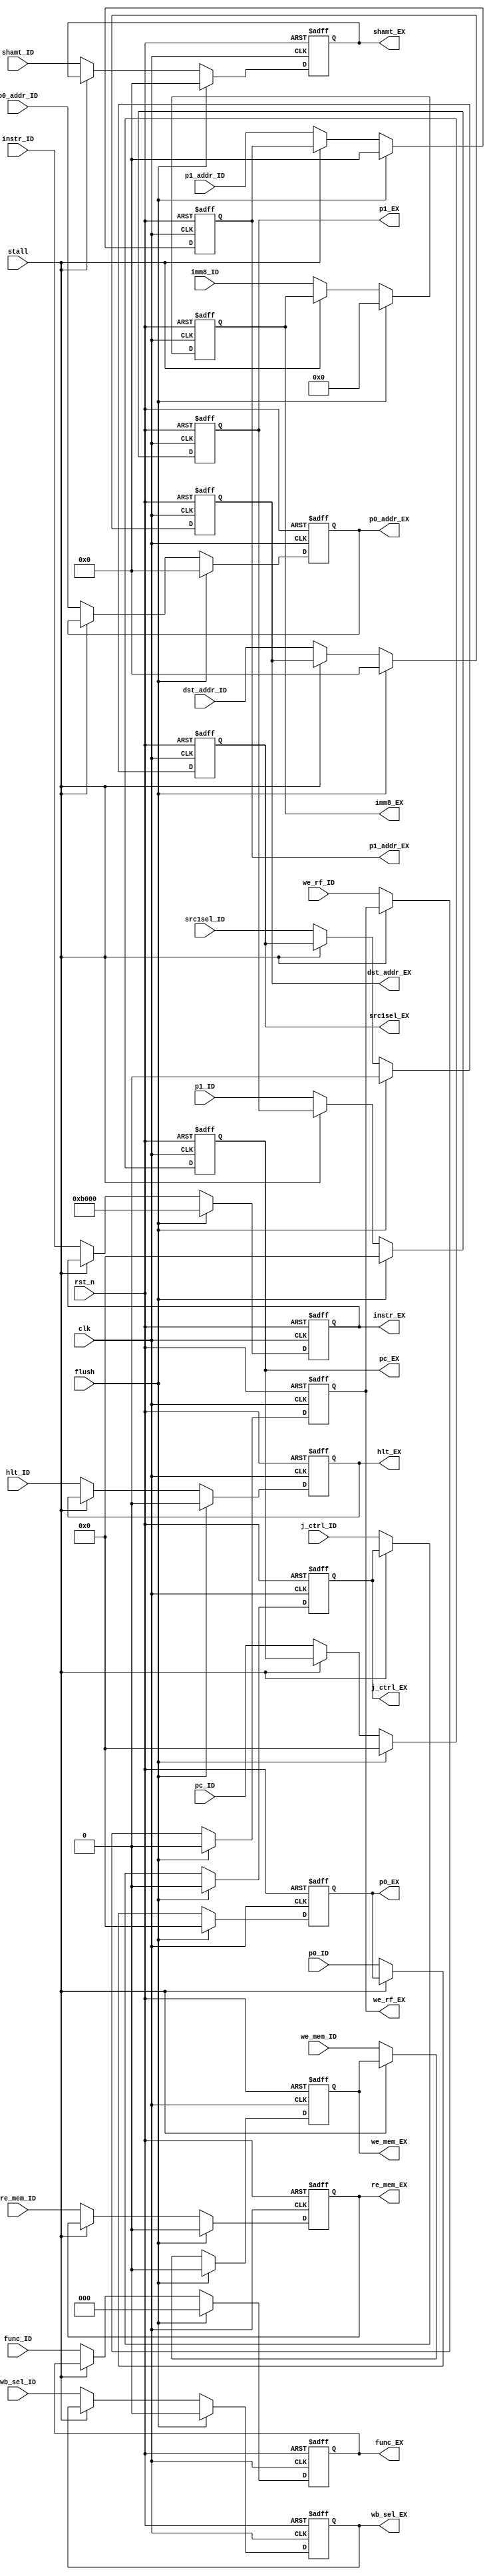
module ID_EX_FF(
	// Output
	p0_EX, p1_EX, shamt_EX, func_EX, imm8_EX, we_mem_EX, re_mem_EX,
	wb_sel_EX, dst_addr_EX, src1sel_EX, we_rf_EX, instr_EX, pc_EX, hlt_EX,
	j_ctrl_EX, p0_addr_EX, p1_addr_EX,
	// Input
	p0_ID, p1_ID, shamt_ID, func_ID, imm8_ID, we_mem_ID, re_mem_ID, 
	wb_sel_ID, dst_addr_ID, src1sel_ID, we_rf_ID, instr_ID, pc_ID, hlt_ID,
	j_ctrl_ID, p0_addr_ID, p1_addr_ID, clk, rst_n, stall, flush);
	
	// Inputs
	input wire [15:0] p0_ID, p1_ID, instr_ID, pc_ID;
	input wire [7:0] imm8_ID;
	input wire [3:0] shamt_ID, dst_addr_ID, p0_addr_ID, p1_addr_ID;
	input wire [2:0] func_ID;
	input wire we_mem_ID, re_mem_ID, wb_sel_ID, src1sel_ID, clk, rst_n, stall,
		we_rf_ID, hlt_ID, j_ctrl_ID, flush;
	
	// Outputs
	output reg [15:0] p0_EX, p1_EX, instr_EX, pc_EX;
	output reg [7:0] imm8_EX;
	output reg [3:0] shamt_EX, dst_addr_EX, p0_addr_EX, p1_addr_EX;
	output reg [2:0] func_EX;
	output reg we_mem_EX, re_mem_EX, wb_sel_EX, src1sel_EX, we_rf_EX, hlt_EX,
		j_ctrl_EX;
	
	// Local Wires
	wire [15:0] next_p0, next_p1, next_instr, next_pc;
	wire [7:0] next_imm8;
	wire [3:0] next_shamt, next_dst_addr, next_p0_addr, next_p1_addr;
	wire [2:0] next_func;
	wire next_we_mem, next_re_mem, next_wb_sel, next_src1sel, next_we_rf, next_hlt,
		next_j_ctrl;
	
	always@(posedge clk, negedge rst_n)begin
		if(~rst_n)begin
			p0_EX <= 16'h0000;
			p1_EX <= 16'h0000;
			p0_addr_EX <= 4'h0;
			p1_addr_EX <= 4'h0;
			imm8_EX <= 8'h00;
			shamt_EX <= 4'h0;
			func_EX <= 3'b000;
			we_rf_EX <= 1'b0;
			we_mem_EX <= 1'b0;
			re_mem_EX <= 1'b0;
			wb_sel_EX <= 1'b0;
			dst_addr_EX <= 4'h0;
			src1sel_EX <= 1'b0;
			instr_EX <= 16'hB000;
			pc_EX <= 16'h0000;
			hlt_EX <= 1'b0;
			j_ctrl_EX <= 1'b0;
		end
		else begin
			p0_EX <= next_p0;
			p1_EX <= next_p1;
			p0_addr_EX <= next_p0_addr;
			p1_addr_EX <= next_p1_addr;
			imm8_EX <= next_imm8;
			shamt_EX <= next_shamt;
			func_EX <= next_func;
			we_rf_EX <= next_we_rf;
			we_mem_EX <= next_we_mem;
			re_mem_EX <= next_re_mem;
			wb_sel_EX <= next_wb_sel;
			dst_addr_EX <= next_dst_addr;
			src1sel_EX <= next_src1sel;
			instr_EX <= next_instr;
			pc_EX <= next_pc;
			hlt_EX <= next_hlt;
			j_ctrl_EX <= next_j_ctrl;
		end
	end
	
	assign next_p0 = 		(flush) ? 	16'h0000 	:
							(stall) ? 	p0_EX 		: 
										p0_ID 		;

	assign next_p1 = 		(flush) ? 	16'h0000	:
							(stall) ? 	p1_EX 		: 
										p1_ID 		;

	assign next_p0_addr = 	(flush) ? 	4'h0 		:
							(stall) ? 	p0_addr_EX 	: 
										p0_addr_ID 	;

	assign next_p1_addr = 	(flush) ? 	4'h0 	 	:
							(stall) ? 	p1_addr_EX 	:
										p1_addr_ID	;

	assign next_imm8 = 		(flush) ? 	8'h00 		:
							(stall) ? 	imm8_EX 	: 
										imm8_ID		;

	assign next_shamt = 	(flush) ? 	4'h0 		:
							(stall) ? 	shamt_EX 	: 
										shamt_ID	;

	assign next_func = 		(flush) ? 	4'h0 		:
							(stall) ? 	func_EX 	: 
										func_ID		;

	assign next_we_rf = 	(flush) ? 	1'b0 		:
							(stall) ? 	we_rf_EX 	: 
										we_rf_ID	;

	assign next_we_mem = 	(flush) ? 	1'b0 		:
							(stall) ? 	we_mem_EX 	: 
										we_mem_ID	;

	assign next_re_mem = 	(flush) ? 	1'b0 		:
							(stall) ? 	re_mem_EX 	: 
										re_mem_ID	;

	assign next_wb_sel = 	(flush) ?	1'b0 		:
							(stall) ? 	wb_sel_EX 	: 
										wb_sel_ID	;

	assign next_dst_addr = 	(flush) ? 	4'b0 		:
							(stall) ? 	dst_addr_EX : 
										dst_addr_ID ;

	assign next_src1sel = 	(flush) ? 	1'b0 		:
							(stall) ? 	src1sel_EX 	: 
										src1sel_ID	;

	assign next_instr = 	(flush) ? 	16'hB000 	:
							(stall) ? 	instr_EX 	: 
										instr_ID	;

	assign next_pc = 		(flush) ? 	16'h0000 	:
							(stall) ? 	pc_EX 		: 
										pc_ID		;

	assign next_hlt = 		(flush) ? 	1'b0 		:
							(stall) ? 	hlt_EX 		: 
										hlt_ID		;

	assign next_j_ctrl = 	(flush) ? 	1'b0 		:
							(stall) ? 	j_ctrl_EX 	: 
										j_ctrl_ID	;
	
endmodule